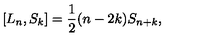
\left[ L _ { n } , S _ { k } \right] = \frac { 1 } { 2 } ( n - 2 k ) S _ { n + k } ,